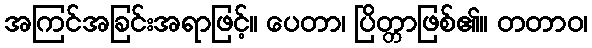
အကြင်အခြင်းအရာဖြင့်။ ပေတာ၊ ပြိတ္တာဖြစ်၏။ တတာဝ၊